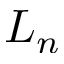
L _ { n }